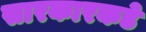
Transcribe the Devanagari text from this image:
सारकारकडे